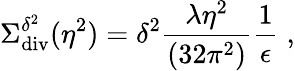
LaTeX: \Sigma_{\mathrm{div}}^{\delta^{2}}(\eta^{2})=\delta^{2}\frac{\lambda\eta^{2}}{(32\pi^{2})}\frac{1}{\epsilon}\; ,